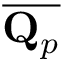
\overline { { \mathbf { Q } _ { p } } }